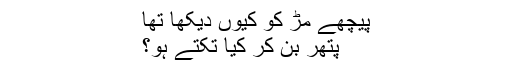
پیچھے مڑ کو کیوں دیکھا تھا
پتھر بن کر کیا تکتے ہو؟